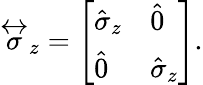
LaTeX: \stackrel{\leftrightarrow}{\sigma}_{z}=\left[\begin{array}{ll}{\hat{\sigma}_{z}}&{\hat{0}}\\ {\hat{0}}&{\hat{\sigma}_{z}}\end{array}\right].